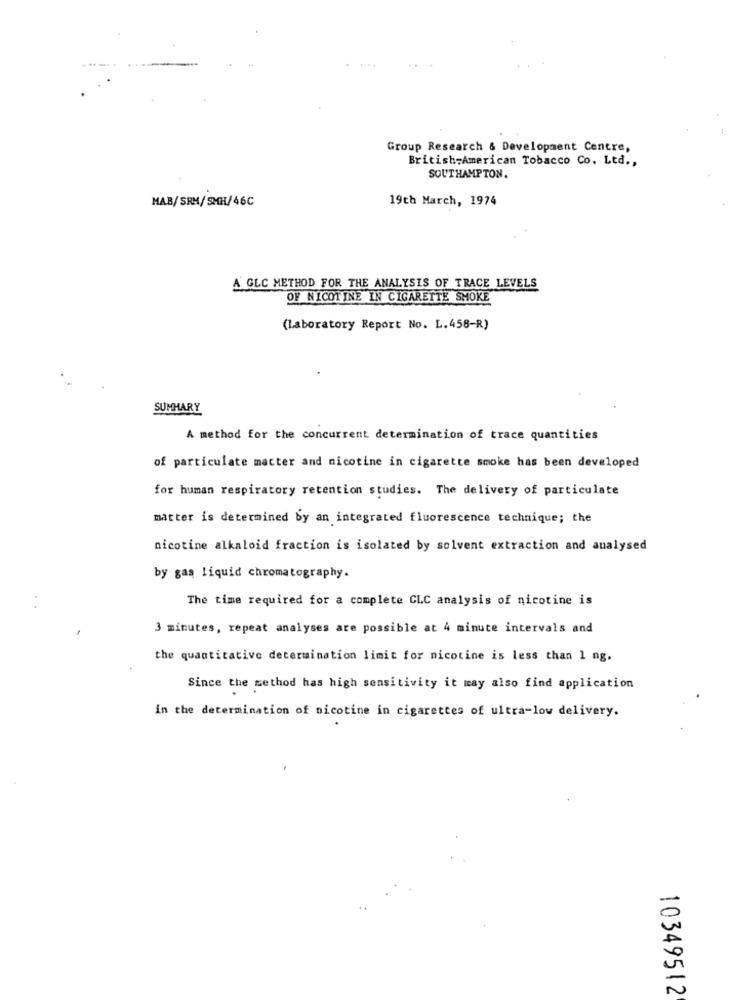
Group Research & Development Centre,
British American Tobacco Co. Ltd .,
SOUTHAMPTON.
MAB/SRM/SMH/46C
19th March, 1974
A GLC METHOD FOR THE ANALYSIS OF TRACE LEVELS
OF NICOTINE IN CIGARETTE SMOKE
(Laboratory Report No. L.458-R)
SUMMARY
A method for the concurrent determination of trace quantities
of particulate matter and nicotine in cigarette smoke has been developed
for human respiratory retention studies. The delivery of particulate
matter is determined by an integrated fluorescence technique; the
nicotine alkaloid fraction is isolated by solvent extraction and analysed
by gas liquid chromatography.
The time required for a complete CLC analysis of nicotine is
3 minutes, repeat analyses are possible at 4 minute intervals and
the quantitative determination limit for nicotine is less than 1 ng.
Since the method has high sensitivity it may also find application
in the determination of nicotine in cigarettes of ultra-low delivery.
10349512